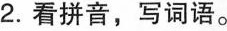
2.看拼音，写词语。